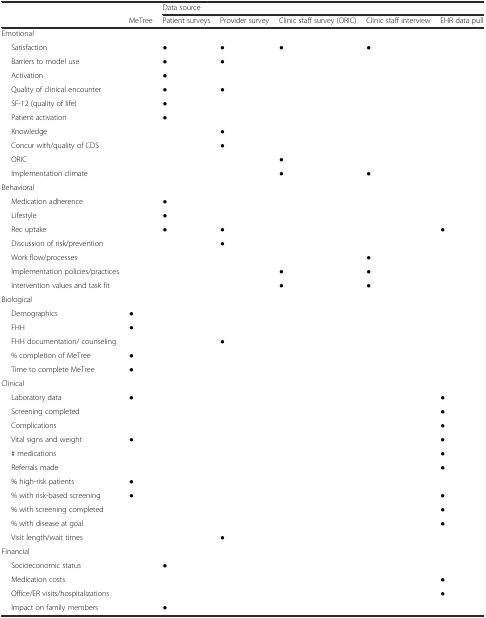
|  |  | <COLSPAN=5> Data source |
 |  | MeTree | Patient surveys | Provider survey | Clinic staff survey (ORIC) | Clinic staff interview | EHR data pull |
 | --- | --- | --- | --- | --- | --- | --- |
 | <COLSPAN=7> Emotional |
 | Satisfaction |  | ● | ● | ● | ● |  |
 | Barriers to model use |  | ● | ● |  |  |  |
 | Activation |  | ● |  |  |  |  |
 | Quality of clinical encounter |  | ● | ● |  |  |  |
 | SF-12 (quality of life) |  | ● |  |  |  |  |
 | Patient activation |  | ● |  |  |  |  |
 | Knowledge |  |  | ● |  |  |  |
 | Concur with/quality of CDS |  |  | ● |  |  |  |
 | ORIC |  |  |  | ● |  |  |
 | Implementation climate |  |  |  | ● | ● |  |
 | <COLSPAN=7> Behavioral |
 | Medication adherence |  | ● |  |  |  |  |
 | Lifestyle |  | ● |  |  |  |  |
 | Rec uptake |  | ● | ● |  |  | ● |
 | Discussion of risk/prevention |  |  | ● |  |  |  |
 | Work flow/processes |  |  |  |  | ● |  |
 | Implementation policies/practices |  |  |  | ● | ● |  |
 | Intervention values and task fit |  |  |  | ● | ● |  |
 | Biological |  |  |  |  |  |  |
 | Demographics | ● |  |  |  |  |  |
 | FHH | ● |  |  |  |  |  |
 | FHH documentation/ counseling |  |  | ● |  |  |  |
 | % completion of MeTree | ● |  |  |  |  |  |
 | Time to complete MeTree | ● |  |  |  |  |  |
 | <COLSPAN=7> Clinical |
 | Laboratory data | ● |  |  |  |  | ● |
 | Screening completed |  |  |  |  |  | ● |
 | Complications |  |  |  |  |  | ● |
 | Vital signs and weight | ● |  |  |  |  | ● |
 | # medications |  |  |  |  |  | ● |
 | Referrals made |  |  |  |  |  | ● |
 | % high-risk patients | ● |  |  |  |  |  |
 | % with risk-based screening | ● |  |  |  |  | ● |
 | % with screening completed |  |  |  |  |  | ● |
 | % with disease at goal |  |  |  |  |  | ● |
 | Visit length/wait times |  |  | ● |  |  |  |
 | <COLSPAN=7> Financial |
 | Socioeconomic status |  | ● |  |  |  |  |
 | Medication costs |  |  |  |  |  | ● |
 | Office/ER visits/hospitalizations |  |  |  |  |  | ● |
 | Impact on family members |  | ● |  |  |  |  |